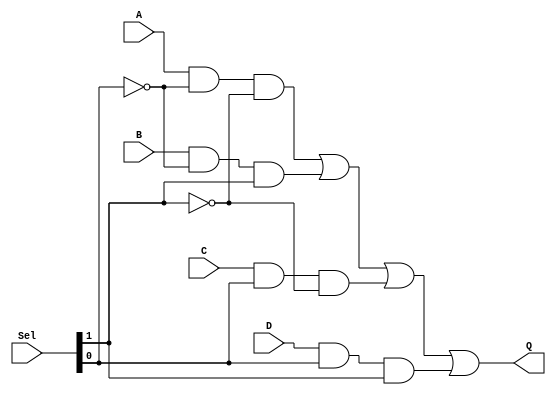
module FMUX( A ,B ,C ,D  ,Sel ,Q );

output Q ;

input A ;
input B ;
input C ;
input D ;
input [1:0]Sel ;

assign Q = (A & (~Sel[0]) & (~(Sel[1])) |
     (B & (~Sel[0]) & (Sel[1])) |
     (C & Sel[0] & (~Sel[1])) |
     (D & Sel[0] & Sel[1]));

endmodule